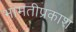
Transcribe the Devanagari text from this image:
भामतीप्रकाश